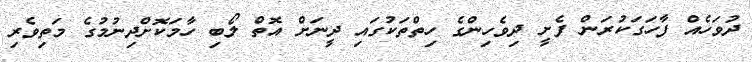
ދުވަހެއް ފާހަގަކުރަން ފެށީ ދިވެހިންގެ ހިތްތަކުގައި ދީނަށް އޮތް ލޯބި ހާމަކޮށްދިނުމުގެ މަތިވެރި